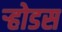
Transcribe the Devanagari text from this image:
ऱ्होडस